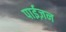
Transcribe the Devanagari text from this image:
पाईज़न